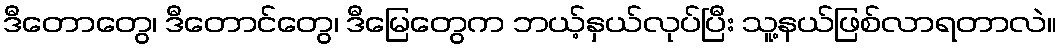
ဒီတောတွေ၊ ဒီတောင်တွေ၊ ဒီမြေတွေက ဘယ့်နှယ်လုပ်ပြီး သူ့နယ်ဖြစ်လာရတာလဲ။